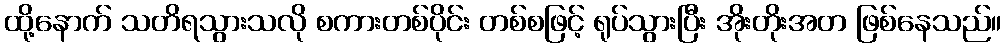
ထို့နောက် သတိရသွားသလို စကားတစ်ပိုင်း တစ်စဖြင့် ရုပ်သွားပြီး အိုးတိုးအတ ဖြစ်နေသည်။